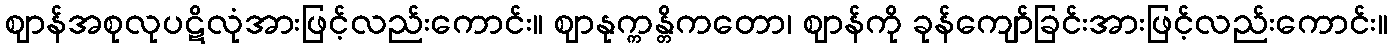
ဈာန်အစုလုပဋိလုံအားဖြင့်လည်းကောင်း။ ဈာနုက္ကန္တိကတော၊ ဈာန်ကို ခုန်ကျော်ခြင်းအားဖြင့်လည်းကောင်း။